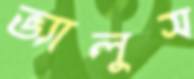
ভ্যালুস